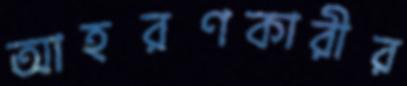
আহরণকারীর